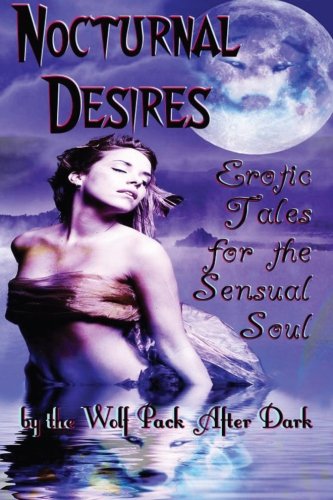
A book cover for Nocturnal Desires: Erotic Tales for the Sensual Soul; The Wolf Pack After Dark; Romance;